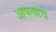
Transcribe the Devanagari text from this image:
आपत्याचे